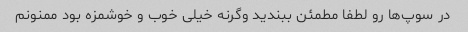
در سوپ‌ها رو لطفا مطمئن ببندید وگرنه خیلی خوب و خوشمزه بود ممنونم